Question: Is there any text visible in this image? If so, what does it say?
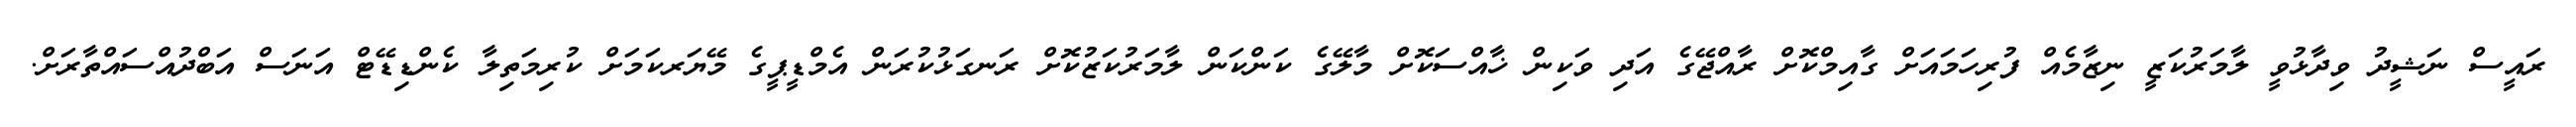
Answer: ރައީސް ނަޝީދު ވިދާޅުވީ ލާމަރުކަޒީ ނިޒާމެއް ފުރިހަމައަށް ގާއިމްކޮށް ރާއްޖޭގެ އަދި ވަކިން ޚާއްސަކޮށް މާލޭގެ ކަންކަން ލާމަރުކަޒުކޮށް ރަނގަޅުކުރަން އެމްޑީޕީގެ މޭޔަރކަމަށް ކުރިމަތިލާ ކެންޑިޑޭޓް އަނަސް އަބްދުއްސައްތާރަށް.